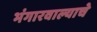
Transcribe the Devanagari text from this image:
भंगारवाल्याचे